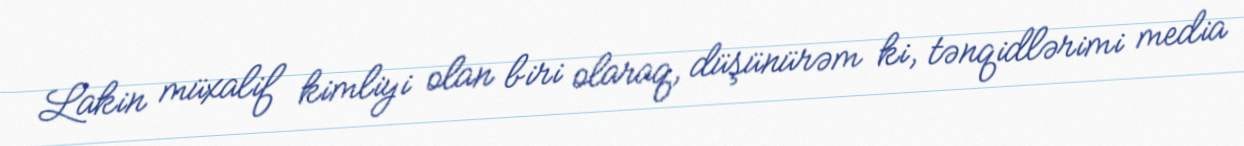
Lakin müxalif kimliyi olan biri olaraq, düşünürəm ki, tənqidlərimi media